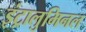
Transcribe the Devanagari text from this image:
इंट्रालुमिनल